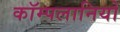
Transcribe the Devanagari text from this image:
कॉम्पलानियों